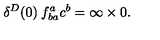
\delta ^ { D } ( 0 ) \: f _ { b a } ^ { a } c ^ { b } = \infty \times 0 .